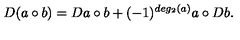
D ( a \circ b ) = D a \circ b + ( - 1 ) ^ { d e g _ { 2 } ( a ) } a \circ D b .